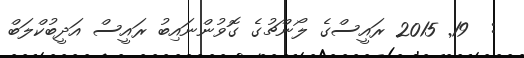
:  19